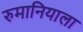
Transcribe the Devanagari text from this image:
रुमानियाला